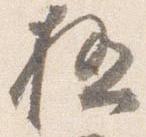
極